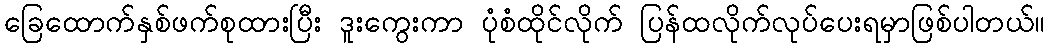
ခြေထောက်နှစ်ဖက်စုထားပြီး ဒူးကွေးကာ ပုံစံထိုင်လိုက် ပြန်ထလိုက်လုပ်ပေးရမှာဖြစ်ပါတယ်။